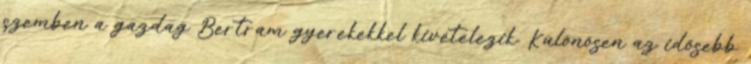
szemben a gazdag Bertram gyerekekkel kivételezik. Különösen az idősebb